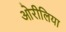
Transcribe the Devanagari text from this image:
ओरीलिया